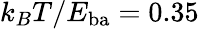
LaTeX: k_{B}T/E_{\mathrm{ba}}=0.35